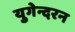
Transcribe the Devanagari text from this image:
युगेन्दरन